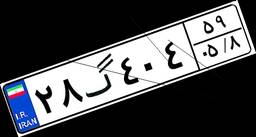
۲۸گ۴۰۴۵۹